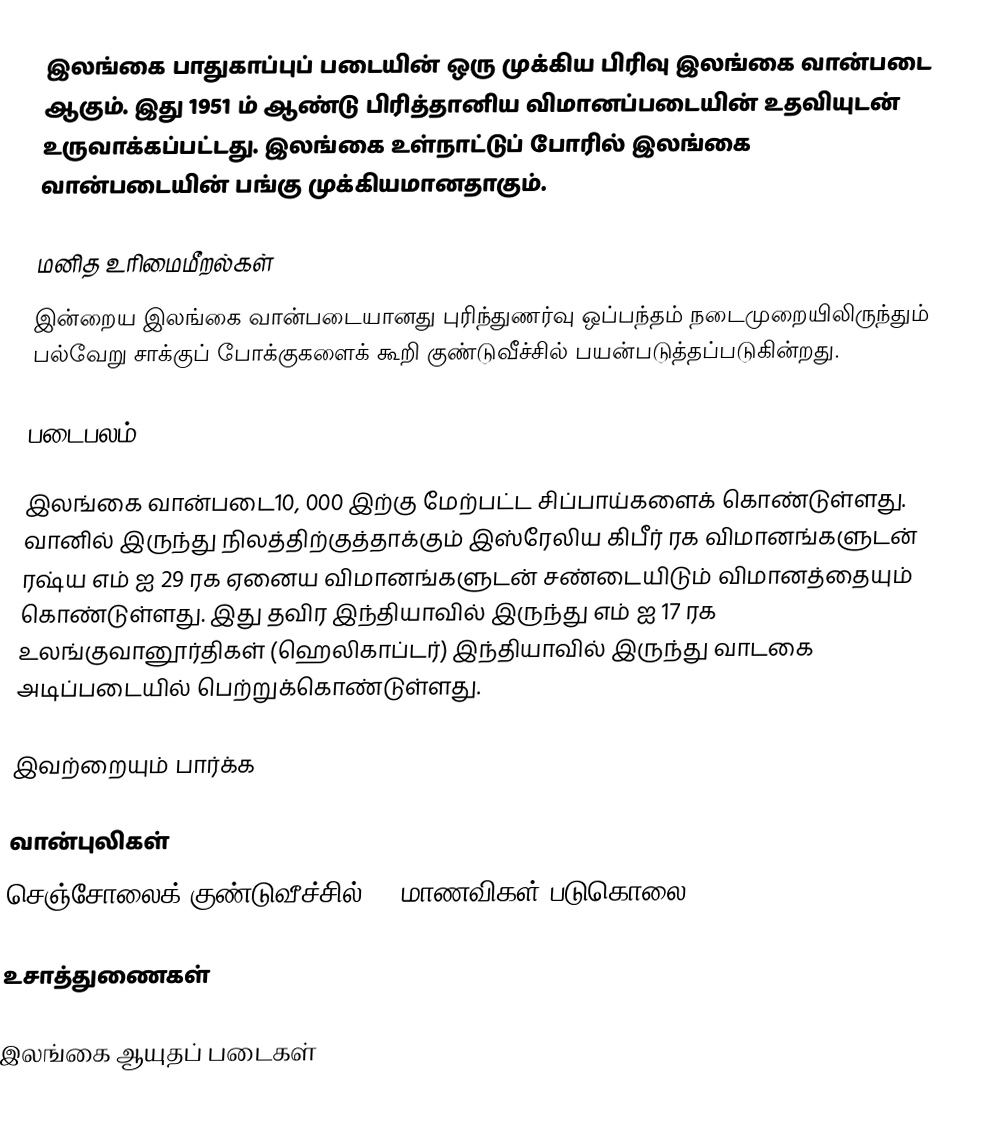
இலங்கை பாதுகாப்புப் படையின் ஒரு முக்கிய பிரிவு இலங்கை வான்படை ஆகும்.  இது 1951 ம் ஆண்டு பிரித்தானிய விமானப்படையின் உதவியுடன் உருவாக்கப்பட்டது. இலங்கை உள்நாட்டுப் போரில் இலங்கை வான்படையின் பங்கு முக்கியமானதாகும்.

மனித உரிமைமீறல்கள்
இன்றைய இலங்கை வான்படையானது புரிந்துணர்வு ஒப்பந்தம் நடைமுறையிலிருந்தும் பல்வேறு சாக்குப் போக்குகளைக் கூறி குண்டுவீச்சில் பயன்படுத்தப்படுகின்றது.

படைபலம்

இலங்கை வான்படை10, 000 இற்கு மேற்பட்ட சிப்பாய்களைக் கொண்டுள்ளது. வானில் இருந்து நிலத்திற்குத்தாக்கும் இஸ்ரேலிய கிபீர் ரக விமானங்களுடன் ரஷ்ய எம் ஐ 29 ரக ஏனைய விமானங்களுடன் சண்டையிடும் விமானத்தையும் கொண்டுள்ளது. இது தவிர இந்தியாவில் இருந்து எம் ஐ 17 ரக உலங்குவானூர்திகள் (ஹெலிகாப்டர்) இந்தியாவில் இருந்து வாடகை அடிப்படையில் பெற்றுக்கொண்டுள்ளது.

இவற்றையும் பார்க்க

 வான்புலிகள்
 செஞ்சோலைக் குண்டுவீச்சில் 61 மாணவிகள் படுகொலை

உசாத்துணைகள்

இலங்கை ஆயுதப் படைகள்